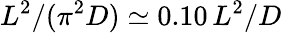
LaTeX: L^{2}/(\pi^{2}D)\simeq 0.10\, L^{2}/D